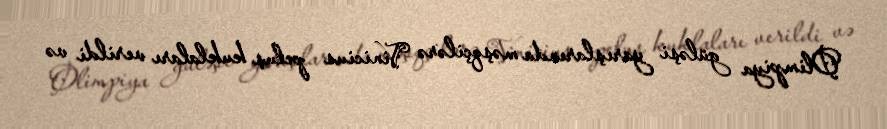
Olimpiya güləşi yarışlarında məşqçilərə Vinicius peluş kuklaları verildi və